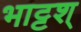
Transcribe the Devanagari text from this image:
भाट्टश्